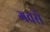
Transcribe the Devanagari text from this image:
गवसे